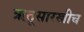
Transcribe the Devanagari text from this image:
ऋतूसारखीच